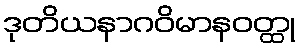
ဒုတိယနာဂဝိမာနဝတ္ထု